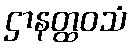
ဌာနတ္ထဝသံ